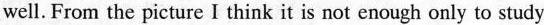
well. From the picture I think it is not enough only to study